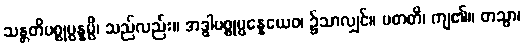
သန္တတိပစ္စုပ္ပန္နမ္ပိ၊ သည်လည်း။ အဒ္ဓါပစ္စုပ္ပန္နေယေဝ၊ ၌သာလျှင်။ ပတတိ၊ ကျ၏။ တသ္မာ၊